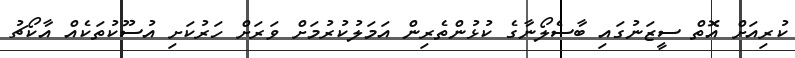
ކުރިއަށް އޮތް ސީޒަނުގައި ބާސެލޯނާގެ ކުޅުންތެރިން އަމަލުކުރުމަށް ވަރަށް ހަރުކަށި އުސޫކުތަކެއް އާކޯޗު